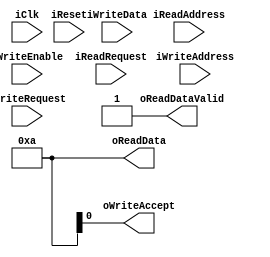
/********************************************************/
/*                      LICENSE:			*/
/*------------------------------------------------------*/
/* These files can be used for the Embedded Computer    */
/* Architecture course (5SIA0) at Eindhoven University  */
/* of technology. You are not allowed to distribute     */
/* these files to others.                               */
/* This header must be retained at all times		*/
/********************************************************/

module CORE_FIFO
#
(
	parameter INTERFACE_WIDTH = 32,
	parameter INTERFACE_ADDR_WIDTH = 32
)
(	
	input iClk,
	input iReset,
	
	input [INTERFACE_ADDR_WIDTH-1:0] iWriteAddress,
	input [INTERFACE_ADDR_WIDTH-1:0] iReadAddress,
	input [(INTERFACE_WIDTH / 8)-1:0] iWriteEnable,
	input [INTERFACE_WIDTH-1:0] iWriteData,
	input iReadRequest,
	input iWriteRequest,
	

	output [INTERFACE_WIDTH-1:0] oReadData,
	output oReadDataValid,
	output oWriteAccept
);

	// initial begin		
	//  	$display("NUMBER:");
	//  	$display("%d", PERIPHERAL_NUM);
	//  	$display("%d", Address_Low);
	//  	$display("%d", Address_High);
	// end


	assign oReadData = 10;
	assign oReadDataValid = 1;

endmodule